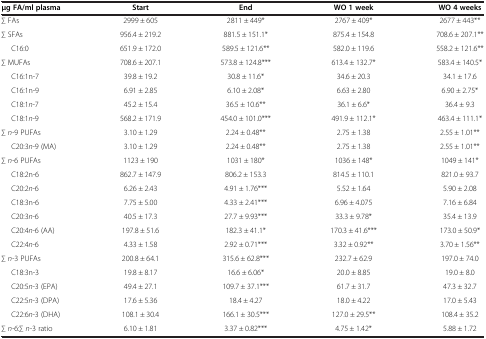
<table><thead><tr><td><b>μg FA/ml plasma</b></td><td><b>Start</b></td><td><b>End</b></td><td><b>WO 1 week</b></td><td><b>WO 4 weeks</b></td></tr></thead><tbody><tr><td>∑ FAs</td><td>2999 ± 605</td><td>2811 ± 449*</td><td>2767 ± 409*</td><td>2677 ± 443**</td></tr><tr><td>∑ SFAs</td><td>956.4 ± 219.2</td><td>881.5 ± 151.1*</td><td>875.4 ± 154.8</td><td>708.6 ± 207.1**</td></tr><tr><td>C16:0</td><td>651.9 ± 172.0</td><td>589.5 ± 121.6**</td><td>582.0 ± 119.6</td><td>558.2 ± 121.6**</td></tr><tr><td>∑ MUFAs</td><td>708.6 ± 207.1</td><td>573.8 ± 124.8***</td><td>613.4 ± 132.7*</td><td>583.4 ± 140.5*</td></tr><tr><td>C16:1n-7</td><td>39.8 ± 19.2</td><td>30.8 ± 11.6*</td><td>34.6 ± 20.3</td><td>34.1 ± 17.6</td></tr><tr><td>C16:1n-9</td><td>6.91 ± 2.85</td><td>6.10 ± 2.08*</td><td>6.63 ± 2.80</td><td>6.90 ± 2.75*</td></tr><tr><td>C18:1<i>n-</i>7</td><td>45.2 ± 15.4</td><td>36.5 ± 10.6**</td><td>36.1 ± 6.6*</td><td>36.4 ± 9.3</td></tr><tr><td>C18:1<i>n-</i>9</td><td>568.2 ± 171.9</td><td>454.0 ± 101.0***</td><td>491.9 ± 112.1*</td><td>463.4 ± 111.1*</td></tr><tr><td>∑ <i>n-</i>9 PUFAs</td><td>3.10 ± 1.29</td><td>2.24 ± 0.48**</td><td>2.75 ± 1.38</td><td>2.55 ± 1.01**</td></tr><tr><td>C20:3<i>n-</i>9 (MA)</td><td>3.10 ± 1.29</td><td>2.24 ± 0.48**</td><td>2.75 ± 1.38</td><td>2.55 ± 1.01**</td></tr><tr><td>∑ <i>n-</i>6 PUFAs</td><td>1123 ± 190</td><td>1031 ± 180*</td><td>1036 ± 148*</td><td>1049 ± 141*</td></tr><tr><td>C18:2n-6</td><td>862.7 ± 147.9</td><td>806.2 ± 153.3</td><td>814.5 ± 110.1</td><td>821.0 ± 93.7</td></tr><tr><td>C20:2<i>n-</i>6</td><td>6.26 ± 2.43</td><td>4.91 ± 1.76***</td><td>5.52 ± 1.64</td><td>5.90 ± 2.08</td></tr><tr><td>C18:3n-6</td><td>7.75 ± 5.00</td><td>4.33 ± 2.41***</td><td>6.96 ± 4.075</td><td>7.16 ± 6.84</td></tr><tr><td>C20:3<i>n-</i>6</td><td>40.5 ± 17.3</td><td>27.7 ± 9.93***</td><td>33.3 ± 9.78*</td><td>35.4 ± 13.9</td></tr><tr><td>C20:4<i>n-</i>6 (AA)</td><td>197.8 ± 51.6</td><td>182.3 ± 41.1*</td><td>170.3 ± 41.6***</td><td>173.0 ± 50.9*</td></tr><tr><td>C22:4<i>n-</i>6</td><td>4.33 ± 1.58</td><td>2.92 ± 0.71***</td><td>3.32 ± 0.92**</td><td>3.70 ± 1.56**</td></tr><tr><td>∑ <i>n-</i>3 PUFAs</td><td>200.8 ± 64.1</td><td>315.6 ± 62.8***</td><td>232.7 ± 62.9</td><td>197.0 ± 74.0</td></tr><tr><td>C18:3n-3</td><td>19.8 ± 8.17</td><td>16.6 ± 6.06*</td><td>20.0 ± 8.85</td><td>19.0 ± 8.0</td></tr><tr><td>C20:5<i>n-</i>3 (EPA)</td><td>49.4 ± 27.1</td><td>109.7 ± 37.1***</td><td>61.7 ± 31.7</td><td>47.3 ± 32.7</td></tr><tr><td>C22:5<i>n-</i>3 (DPA)</td><td>17.6 ± 5.36</td><td>18.4 ± 4.27</td><td>18.0 ± 4.22</td><td>17.0 ± 5.43</td></tr><tr><td>C22:6<i>n-</i>3 (DHA)</td><td>108.1 ± 30.4</td><td>166.1 ± 30.5***</td><td>127.0 ± 29.5**</td><td>108.4 ± 35.2</td></tr><tr><td>∑ <i>n-</i>6:∑ <i>n-</i>3 ratio</td><td>6.10 ± 1.81</td><td>3.37 ± 0.82***</td><td>4.75 ± 1.42*</td><td>5.88 ± 1.72</td></tr></tbody></table>